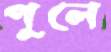
পুলে